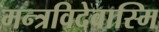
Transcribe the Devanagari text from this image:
मन्त्रविदेवास्मि